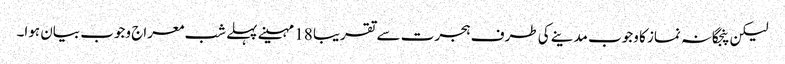
لیکن پنجگانہ نماز کا وجوب مدینے کی طرف ہجرت سے تقریبا 18 مہینے پہلے شب معراج وجوب بیان ہوا۔